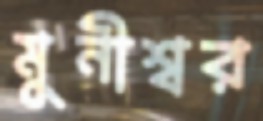
মুনীশ্বর